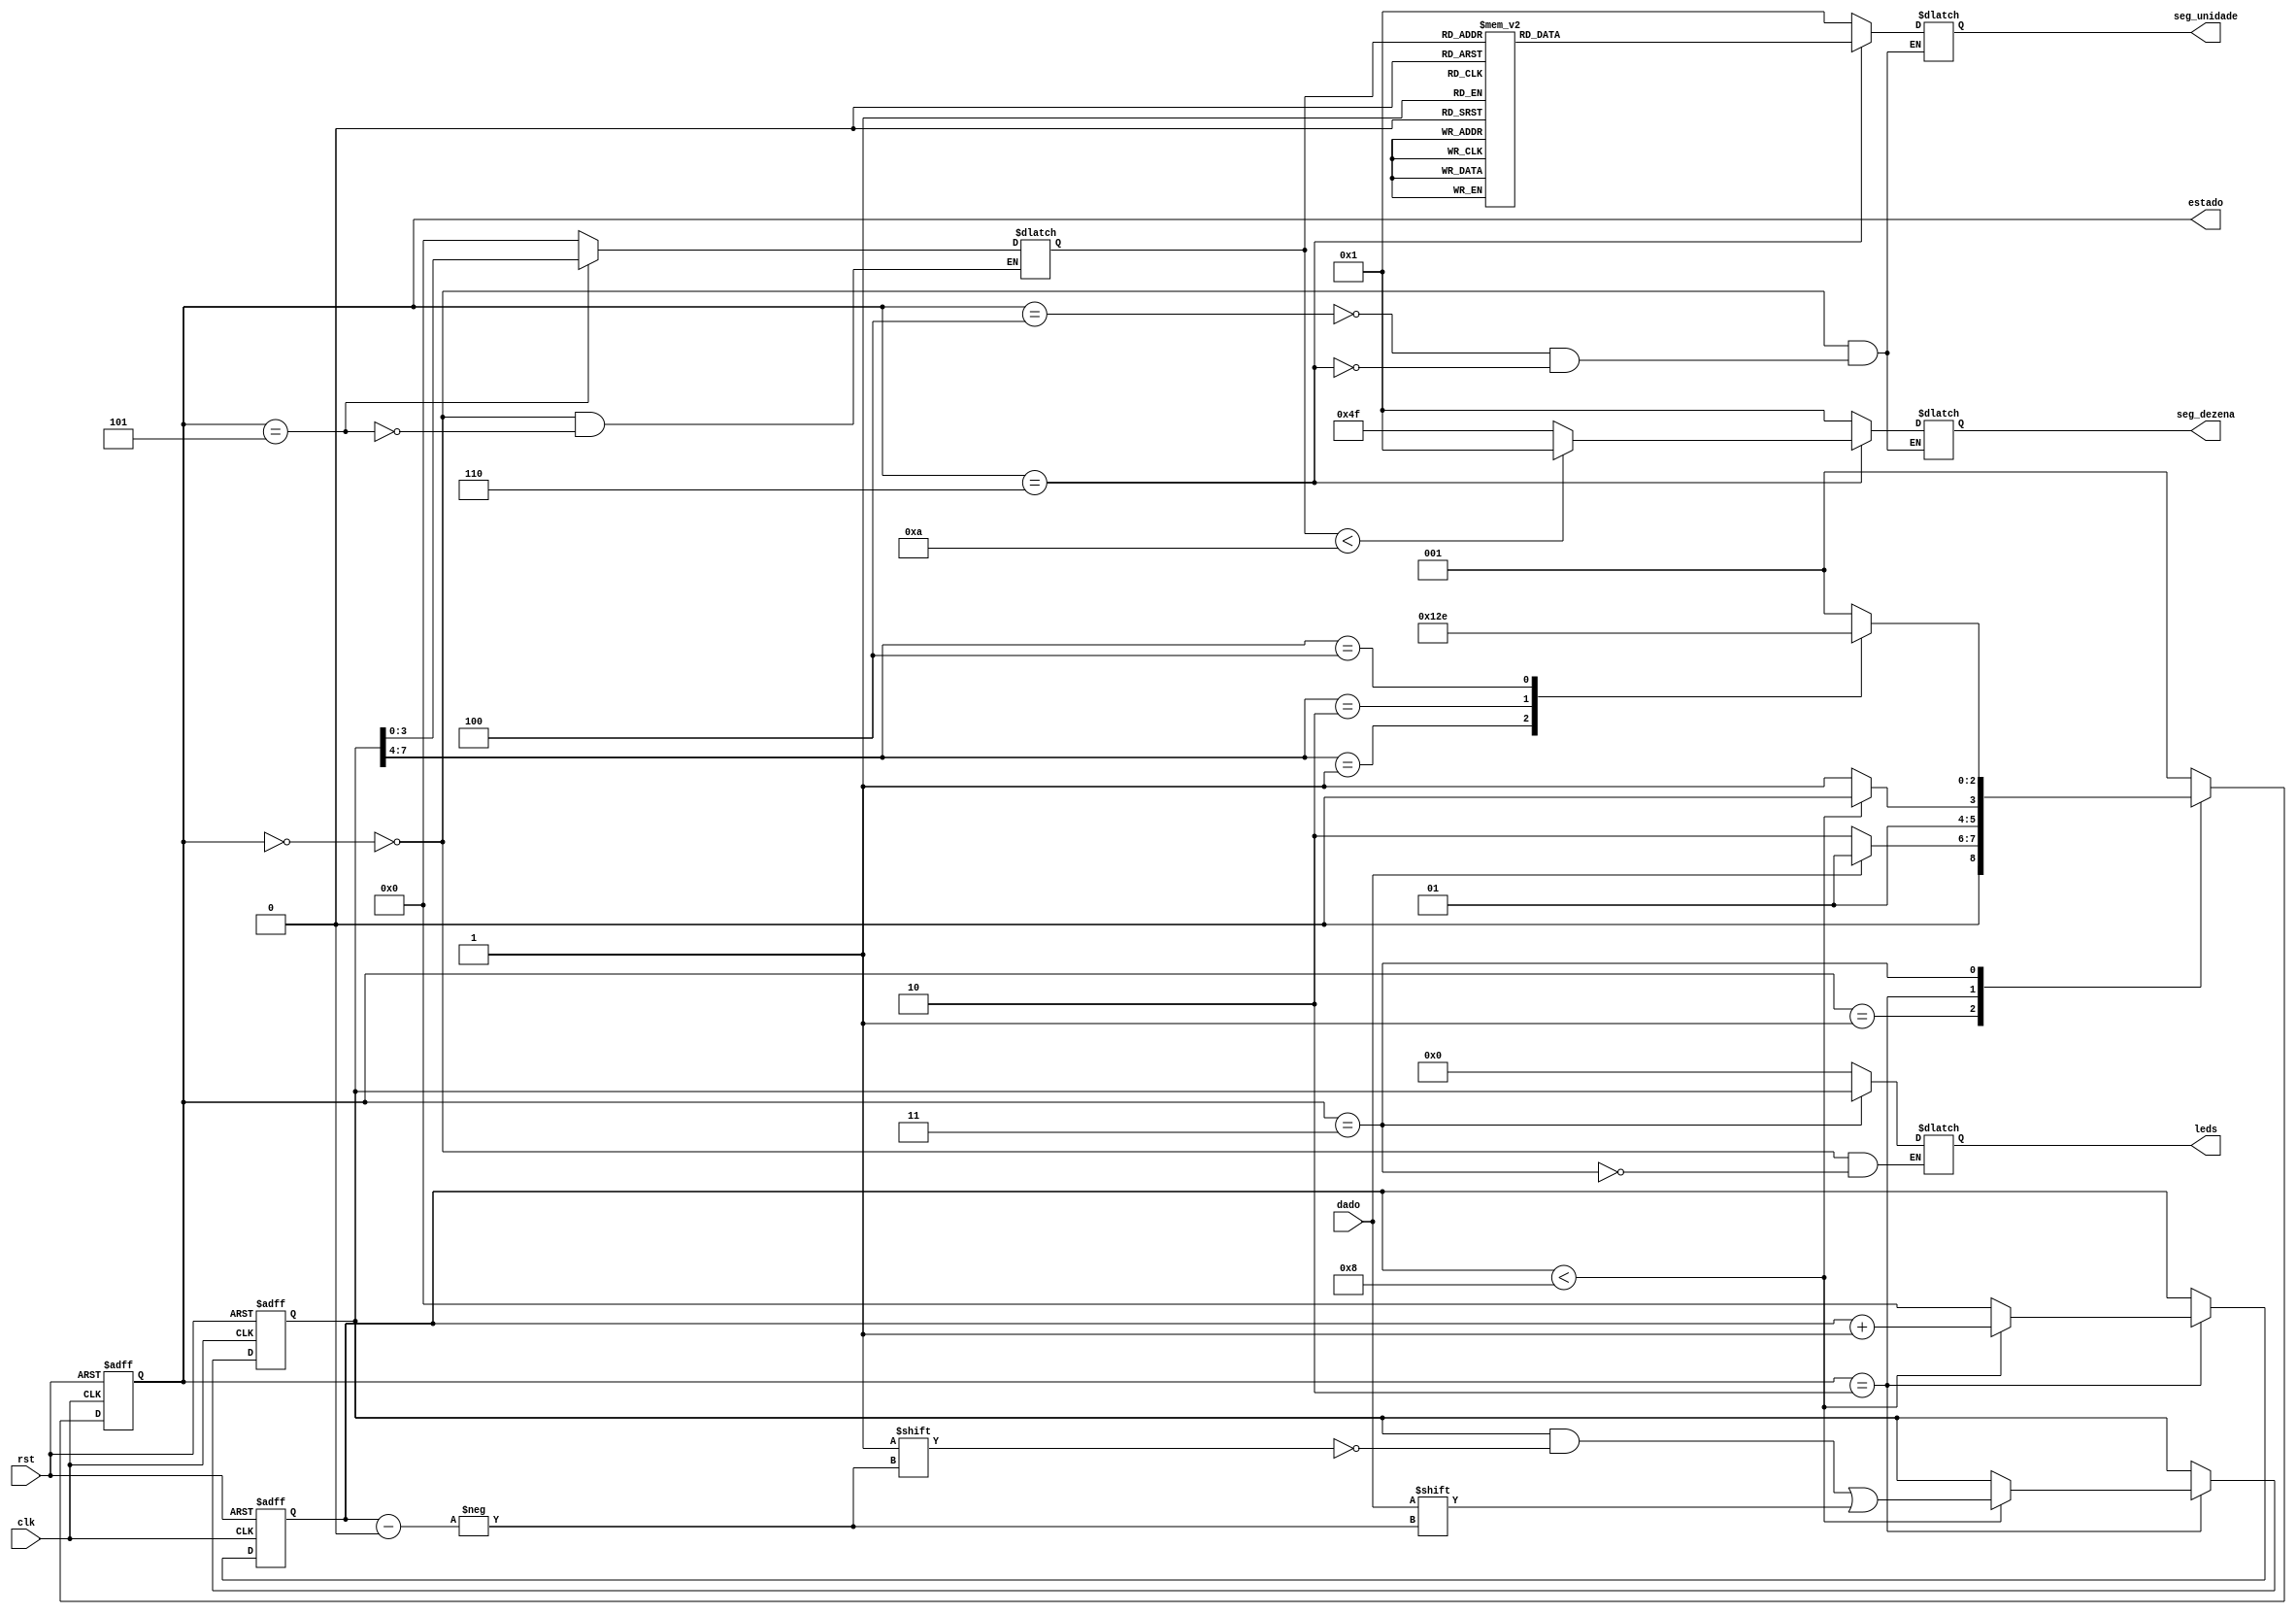
/*vetor[7:4] = instrucao e vetor[3:0] = dado*/
module RX( input dado, input clk,input rst, output reg[6:0] seg_unidade,output reg[6:0] seg_dezena, output reg[7:0] leds, output reg [2:0] estado);
    
    
   
    
    reg [3:0] valor;
    reg [7:0] vetor = 8'b00000000;
    
    reg [3:0] contador = 4'b0000;
    
    parameter iniciar = 3'b000, espera = 3'b001, leitura = 3'b010, analise = 3'b011, instUm = 3'b100, instDois = 3'b101, instQuatro = 3'b110;
    

    
    
    
    // clk duas vezes mais rpido que o transmissor (tx = 9600 Hz|| rx = 19200 Hz)
    
    always@(*) begin
        
        case(estado)
                iniciar: begin
                    leds <= 8'b00000000;
                    seg_unidade <= 7'b0000001;
                    valor <= 4'b0000;
                    seg_dezena <=  7'b0000001;

                end
            espera: begin
                leds <= leds;
                seg_dezena <= seg_dezena;
                seg_unidade <= seg_unidade;
            end

            leitura: begin
                leds <= leds;
                seg_dezena <= seg_dezena;
                seg_unidade <= seg_unidade;
            end

            analise: begin
                leds <= vetor;
                seg_dezena <= seg_dezena;
                seg_unidade <= seg_unidade;
            end

            instUm: begin //limpa
                leds <= leds;
                seg_dezena <= 7'b0000001;
                seg_unidade <= 7'b0000001;
            end

            instDois: begin //carrega
                     valor <= vetor[3:0];
                leds <= leds;
                seg_dezena <= seg_dezena;
                seg_unidade <= seg_unidade;
            end

            instQuatro: begin // mostra
                leds = leds;
                    
                if(valor < 4'd10) begin
                            seg_dezena[6:0] <= 7'b0000001; // 00 at 09
                     end
                    
                     else begin
                            seg_dezena[6:0] <= 7'b1001111; // 10 at 15
                     end
                    
                case(valor)
                        4'd0: begin
                            seg_unidade[6:0] <= 7'b0000001; // 0
                        end
                        4'd1: begin
                            seg_unidade[6:0] <= 7'b1001111; // 1
                        end
                        4'd2: begin
                            seg_unidade[6:0] <= 7'b0010010; // 2
                        end
                        4'd3: begin
                            seg_unidade[6:0] <= 7'b0000110; // 3
                        end
                        4'd4: begin
                            seg_unidade[6:0] <= 7'b1001100; // 4
                        end
                        4'd5: begin
                            seg_unidade[6:0] <= 7'b0100100; // 5
                        end
                        4'd6: begin
                            seg_unidade[6:0] <= 7'b1100000; // 6
                        end
                        4'd7: begin
                            seg_unidade[6:0] <= 7'b0001111; // 7
                        end
                        4'd8: begin
                            seg_unidade[6:0] <= 7'b0000000; // 8
                        end
                        4'd9: begin
                            seg_unidade[6:0] <= 7'b0001100; // 9
                        end
                        4'd10: begin
                            seg_unidade[6:0] <= 7'b0000001; // 10
                        end
                        4'd11: begin
                            seg_unidade[6:0] <= 7'b1001111; // 11
                        end
                        4'd12: begin
                            seg_unidade[6:0] <= 7'b0010010; // 12
                        end
                        4'd13: begin
                            seg_unidade[6:0] <= 7'b0000110; // 13
                        end
                        4'd14: begin
                            seg_unidade[6:0] <= 7'b1001100; // 14
                        end
                        4'd15: begin
                            seg_unidade[6:0] <= 7'b0100100; // 15
                        end
                    endcase
            end

        endcase
    end



    always@(posedge clk or negedge rst) begin
        if(rst == 0) begin
            estado <= iniciar;
            vetor <= 0;
            //valor <= 0;
            contador <= 0;
            
        end
        else begin
            case(estado)
                     iniciar: begin
                        estado <= espera;
                     end
                espera: begin
                    if(dado == 0) begin
                        estado <= leitura; //start point
                    end
                          else begin
                                estado <= espera;
                          end
                end
                    
                leitura: begin    
                
                    //faltando entender como sincronizar com os dados do transmissor
                    
                    if(contador < 8) begin
                        vetor[contador] <= dado;
                        contador <=  contador + 4'b0001;
                                estado <= leitura;
                    end
                    
                    else begin
                        contador <= 0;
                        estado <= analise;
                    end
                end
                
                analise: begin
                    
                    case(vetor[7:4])
                        4'd1: begin // limpar dados
                            estado <= instUm;
                        end
                        4'd2: begin // salvar dados
                            estado <= instDois;
                        end
                        4'd4: begin // mostrar dados
                            estado <= instQuatro;
                        end
                        
                        default: begin // fazer nada
                            estado <= espera;
                        end            
                    endcase
                end
        
                instUm: begin
                    estado <= espera;
                end

                instDois: begin
                    
                    estado <= espera;
                end

                instQuatro: begin
                    estado <= espera;
                end

                default: begin
                    estado <= espera;
                end
            endcase
        end
    end

endmodule